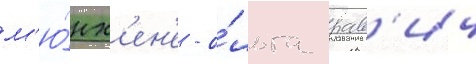
м'ю́нх'ен'е - о́льга рав'ич